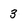
Character: 3